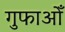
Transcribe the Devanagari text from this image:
गुफाओँ